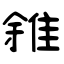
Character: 雓